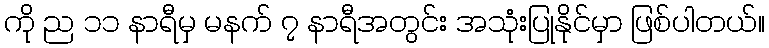
ကို ည ၁၁ နာရီမှ မနက် ၇ နာရီအတွင်း အသုံးပြုနိုင်မှာ ဖြစ်ပါတယ်။